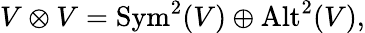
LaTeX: V\otimes V={\mathrm{Sym}}^{2}(V)\oplus{\mathrm{Alt}}^{2}(V),